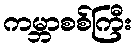
ကမ္ဘာစစ်ကြီး